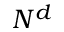
N ^ { d }